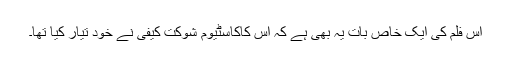
اس فلم کی ایک خاص بات یہ بھی ہے کہ اس کاکاسٹیوم شوکت کیفی نے خود تیار کیا تھا۔